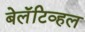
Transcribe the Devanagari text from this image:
बेलॅटिव्हल